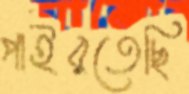
পাইরতেছি